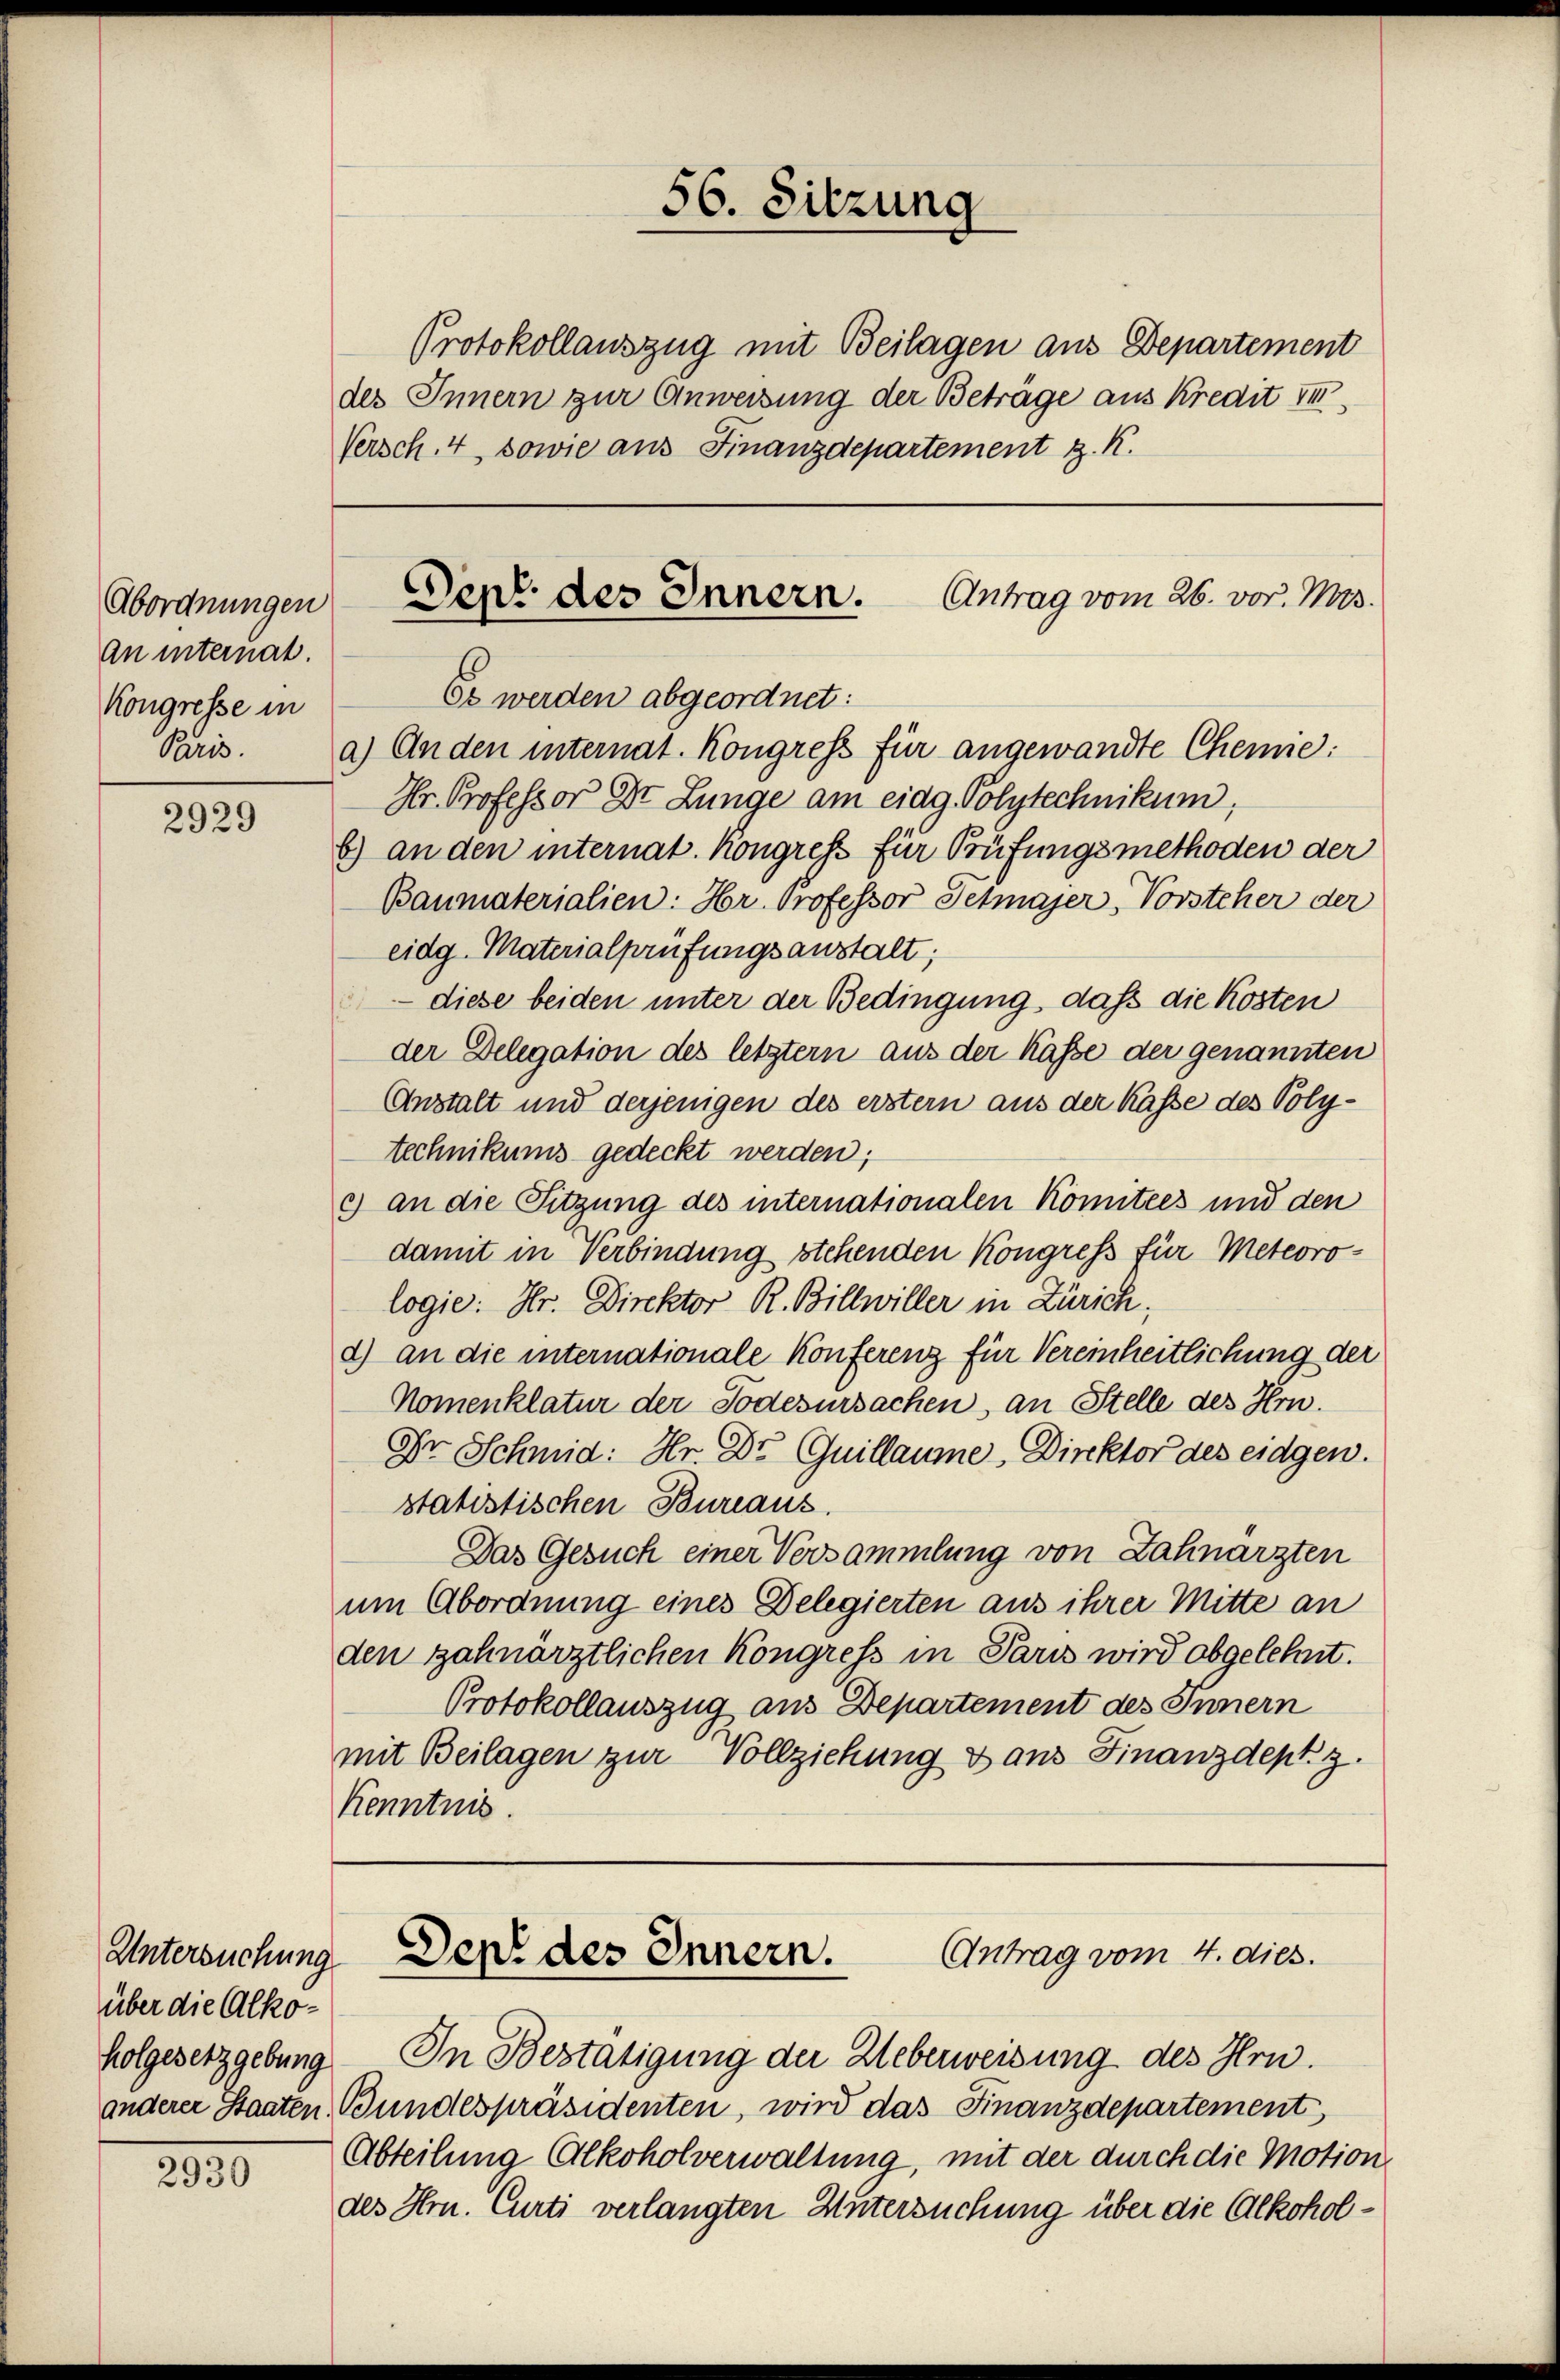
Abordnungen
an internat.
Kongresse in
Paris.

2929

2930

über die Alko¬

Versch. 4, sowie aus Finanzdepartement z. K.

Es werden abgeordnet:
a.) An den internat. Kongress für angewandte Chemie:
Hr. Professor Dr. Lunge am eidg. Polytechnikum,
b) an den internat. Kongress für Prüfungsmethoden der
Baumaterialien: Hr. Professor Setmajer, Vorsteher der
eidg. Materialprüfungsanstalt;
 diese beiden unter der Bedingung, daß die Kosten
der Delegation des letztern aus der Kasse der genannten
Anstalt und derjenigen des erstern aus der Kasse des Polytechnikums gedeckt werden;
c) an die Sitzung des internationalen Komitees und den
damit in Verbindung stehenden Kongress für Meteorologie: Hr. Direktor R. Billwiller in Zürich;
d) an die internationale Konferenz für Vereinheitlichung der
Nomenklatur der Todesursachen, an Stelle des Hrn.
Dr Schmid: Hr. Dr Guillaume, Direktor des eidgen.
statistischen Bureaus.
Das Gesuch einer Versammlung von Zahnarzten
um Abordnung eines Delegierten aus ihrer Mitte an
den zahnärztlichen Kongress in Paris wird obgelehnt.
Protokollauszug aus Departement des Innern
mit Beilagen zur Vollziehung dans Finanzdept. 3.
Kenntnis

Protokollauszug mit Beilagen aus Departement
des Innern zur Anweisung der Beträge aus Kredit II

56. Sitzung

Dent des Innern. Antrag vom 26. vor. Mrs.

holgesetzgebung. In Bestätigung der Ueberweisung des Hrn.
anderer Staaten Bundespräsidenten, wird das Finanzdepartement
Abteilung Alkoholverwaltung, mit der durch die Motion
des Hrn. Curti verlangten Untersuchung über die Alkohol¬

Antrag vom 4. dies.
Untersuchung Den des Innern.